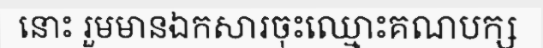
នោះ រួមមានឯកសារចុះឈ្មោះគណបក្ស